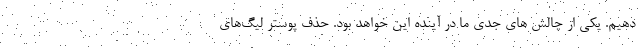
دهیم. یکی از چالش های جدی ما در آینده این خواهد بود. حذف پوستر لیگ‌های